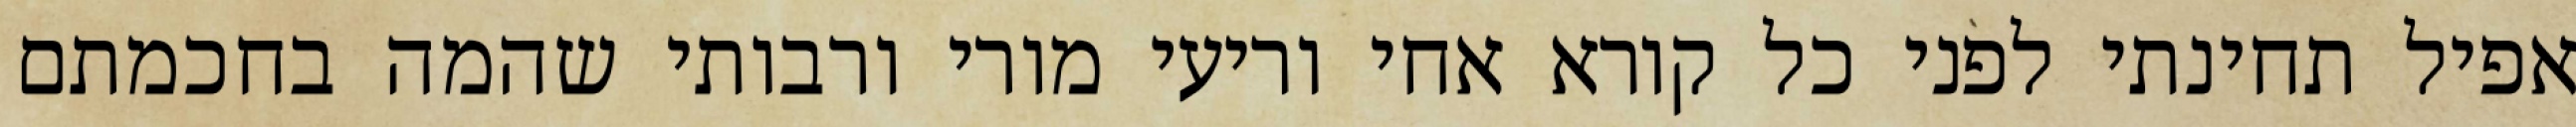
אפיל תחינתי לפני כל קורא אחי וריעי מורי ורבותי שהמה בחכמתם